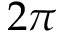
2 \pi